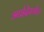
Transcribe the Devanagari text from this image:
आईदेखील